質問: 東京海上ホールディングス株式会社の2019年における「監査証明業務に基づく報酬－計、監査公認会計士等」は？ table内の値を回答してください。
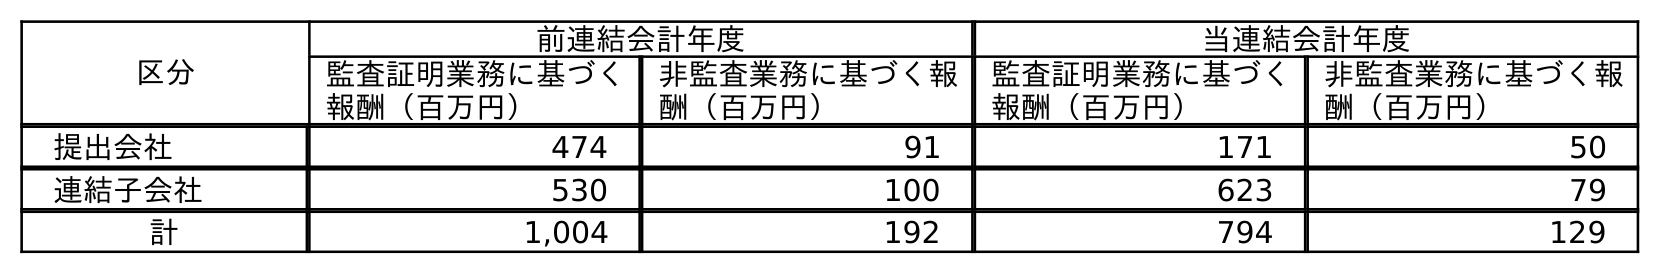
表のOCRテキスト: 区分 前連結会計年度 当連結会計年度 監査証明業務に基づく 報酬（百万円） 非監査業務に基づく報 酬（百万円） 監査証明業務に基づく 報酬（百万円） 非監査業務に基づく報 酬（百万円） 提出会社 474 91 171 50 連結子会社 530 100 623 79 計 1,004 192 794 129
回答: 1,004